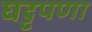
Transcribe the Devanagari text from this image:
घट्टपणा